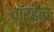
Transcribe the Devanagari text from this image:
वॉर्डेल